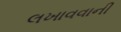
લખાવવાની